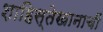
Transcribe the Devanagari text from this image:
शाहिस्तेखानाचीं